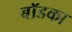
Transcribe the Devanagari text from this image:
बॉडका